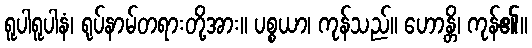
ရူပါရူပါနံ၊ ရုပ်နာမ်တရားတို့အား။ ပစ္စယာ၊ ကုန်သည်။ ဟောန္တိ၊ ကုန်၏။